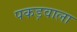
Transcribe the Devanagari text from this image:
पकड़वाला